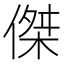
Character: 傑